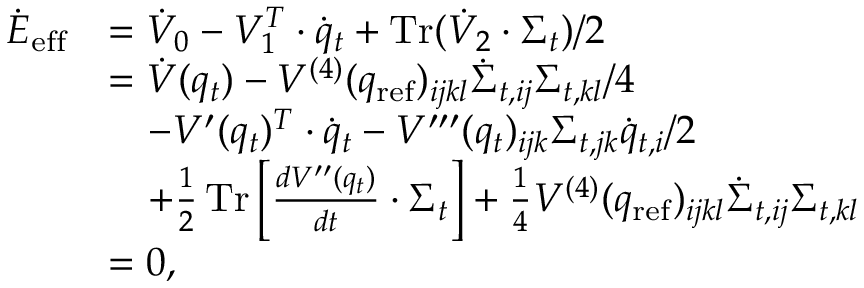
\begin{array} { r l } { \dot { E } _ { \mathrm { e f f } } } & { = \dot { V } _ { 0 } - V _ { 1 } ^ { T } \cdot \dot { q } _ { t } + \operatorname { T r } ( \dot { V } _ { 2 } \cdot \Sigma _ { t } ) / 2 } \\ & { = \dot { V } ( q _ { t } ) - V ^ { ( 4 ) } ( q _ { \mathrm { r e f } } ) _ { i j k l } \dot { \Sigma } _ { t , i j } \Sigma _ { t , k l } / 4 } \\ & { ~ ~ ~ - V ^ { \prime } ( q _ { t } ) ^ { T } \cdot \dot { q } _ { t } - V ^ { \prime \prime \prime } ( q _ { t } ) _ { i j k } \Sigma _ { t , j k } \dot { q } _ { t , i } / 2 } \\ & { ~ ~ ~ + \frac { 1 } { 2 } \operatorname { T r } \left[ \frac { d V ^ { \prime \prime } ( q _ { t } ) } { d t } \cdot \Sigma _ { t } \right] + \frac { 1 } { 4 } V ^ { ( 4 ) } ( q _ { \mathrm { r e f } } ) _ { i j k l } \dot { \Sigma } _ { t , i j } \Sigma _ { t , k l } } \\ & { = 0 , } \end{array}